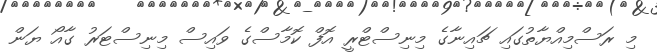
މި ރަސްމިއްޔާތުގައި ޗައިނާގެ މިނިސްޓްރީ އޮފް ކޮމާސްގެ ވައިސް މިނިސްޓަރު ގާއޯ ޔަން